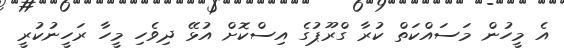
އެ މީހުން މަސައްކަތް ކުރާ ގްރޫޕުގެ އިސްކޮށް އުޅޭ ދިވެހި މީހާ ރަހީނުކުރީ